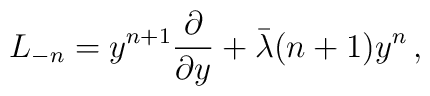
L_{-n}=y^{n+1}{\partial\over \partial y} +\bar \lambda (n+1)y^n\,,